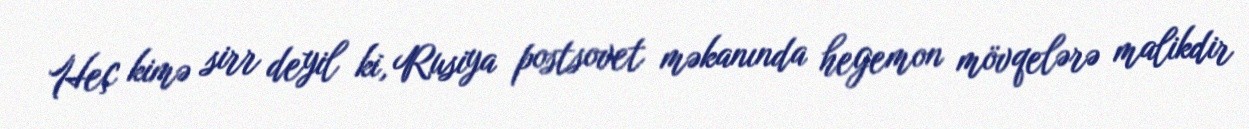
Heç kimə sirr deyil ki, Rusiya postsovet məkanında hegemon mövqelərə malikdir